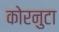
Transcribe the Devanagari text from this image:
कोरनुटा